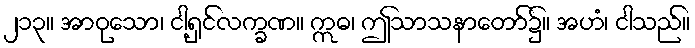
၂၁၃။ အာဝုသော၊ ငါ့ရှင်လက္ခဏ။ ဣဓ၊ ဤသာသနာတော်၌။ အဟံ၊ ငါသည်။